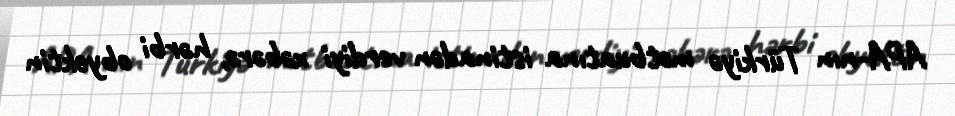
APA-nın Türkiyə mətbuatına istinadən verdiyi xəbərə, hərbi obyektin